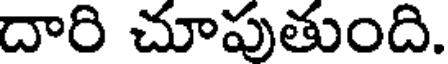
దారి చూపుతుంది.